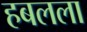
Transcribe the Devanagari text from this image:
हबलला